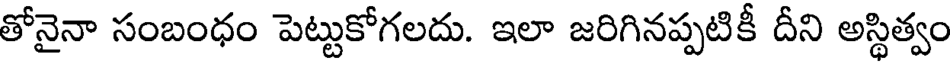
తోనైనా సంబంధం పెట్టుకోగలదు. ఇలా జరిగినప్పటికీ దీని అస్థిత్వం